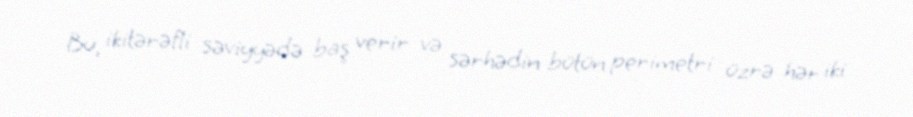
Bu, ikitərəfli səviyyədə baş verir və sərhədin bütün perimetri üzrə hər iki